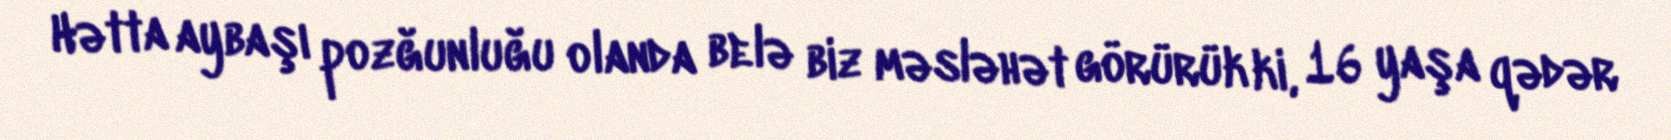
Hətta aybaşı pozğunluğu olanda belə biz məsləhət görürük ki, 16 yaşa qədər